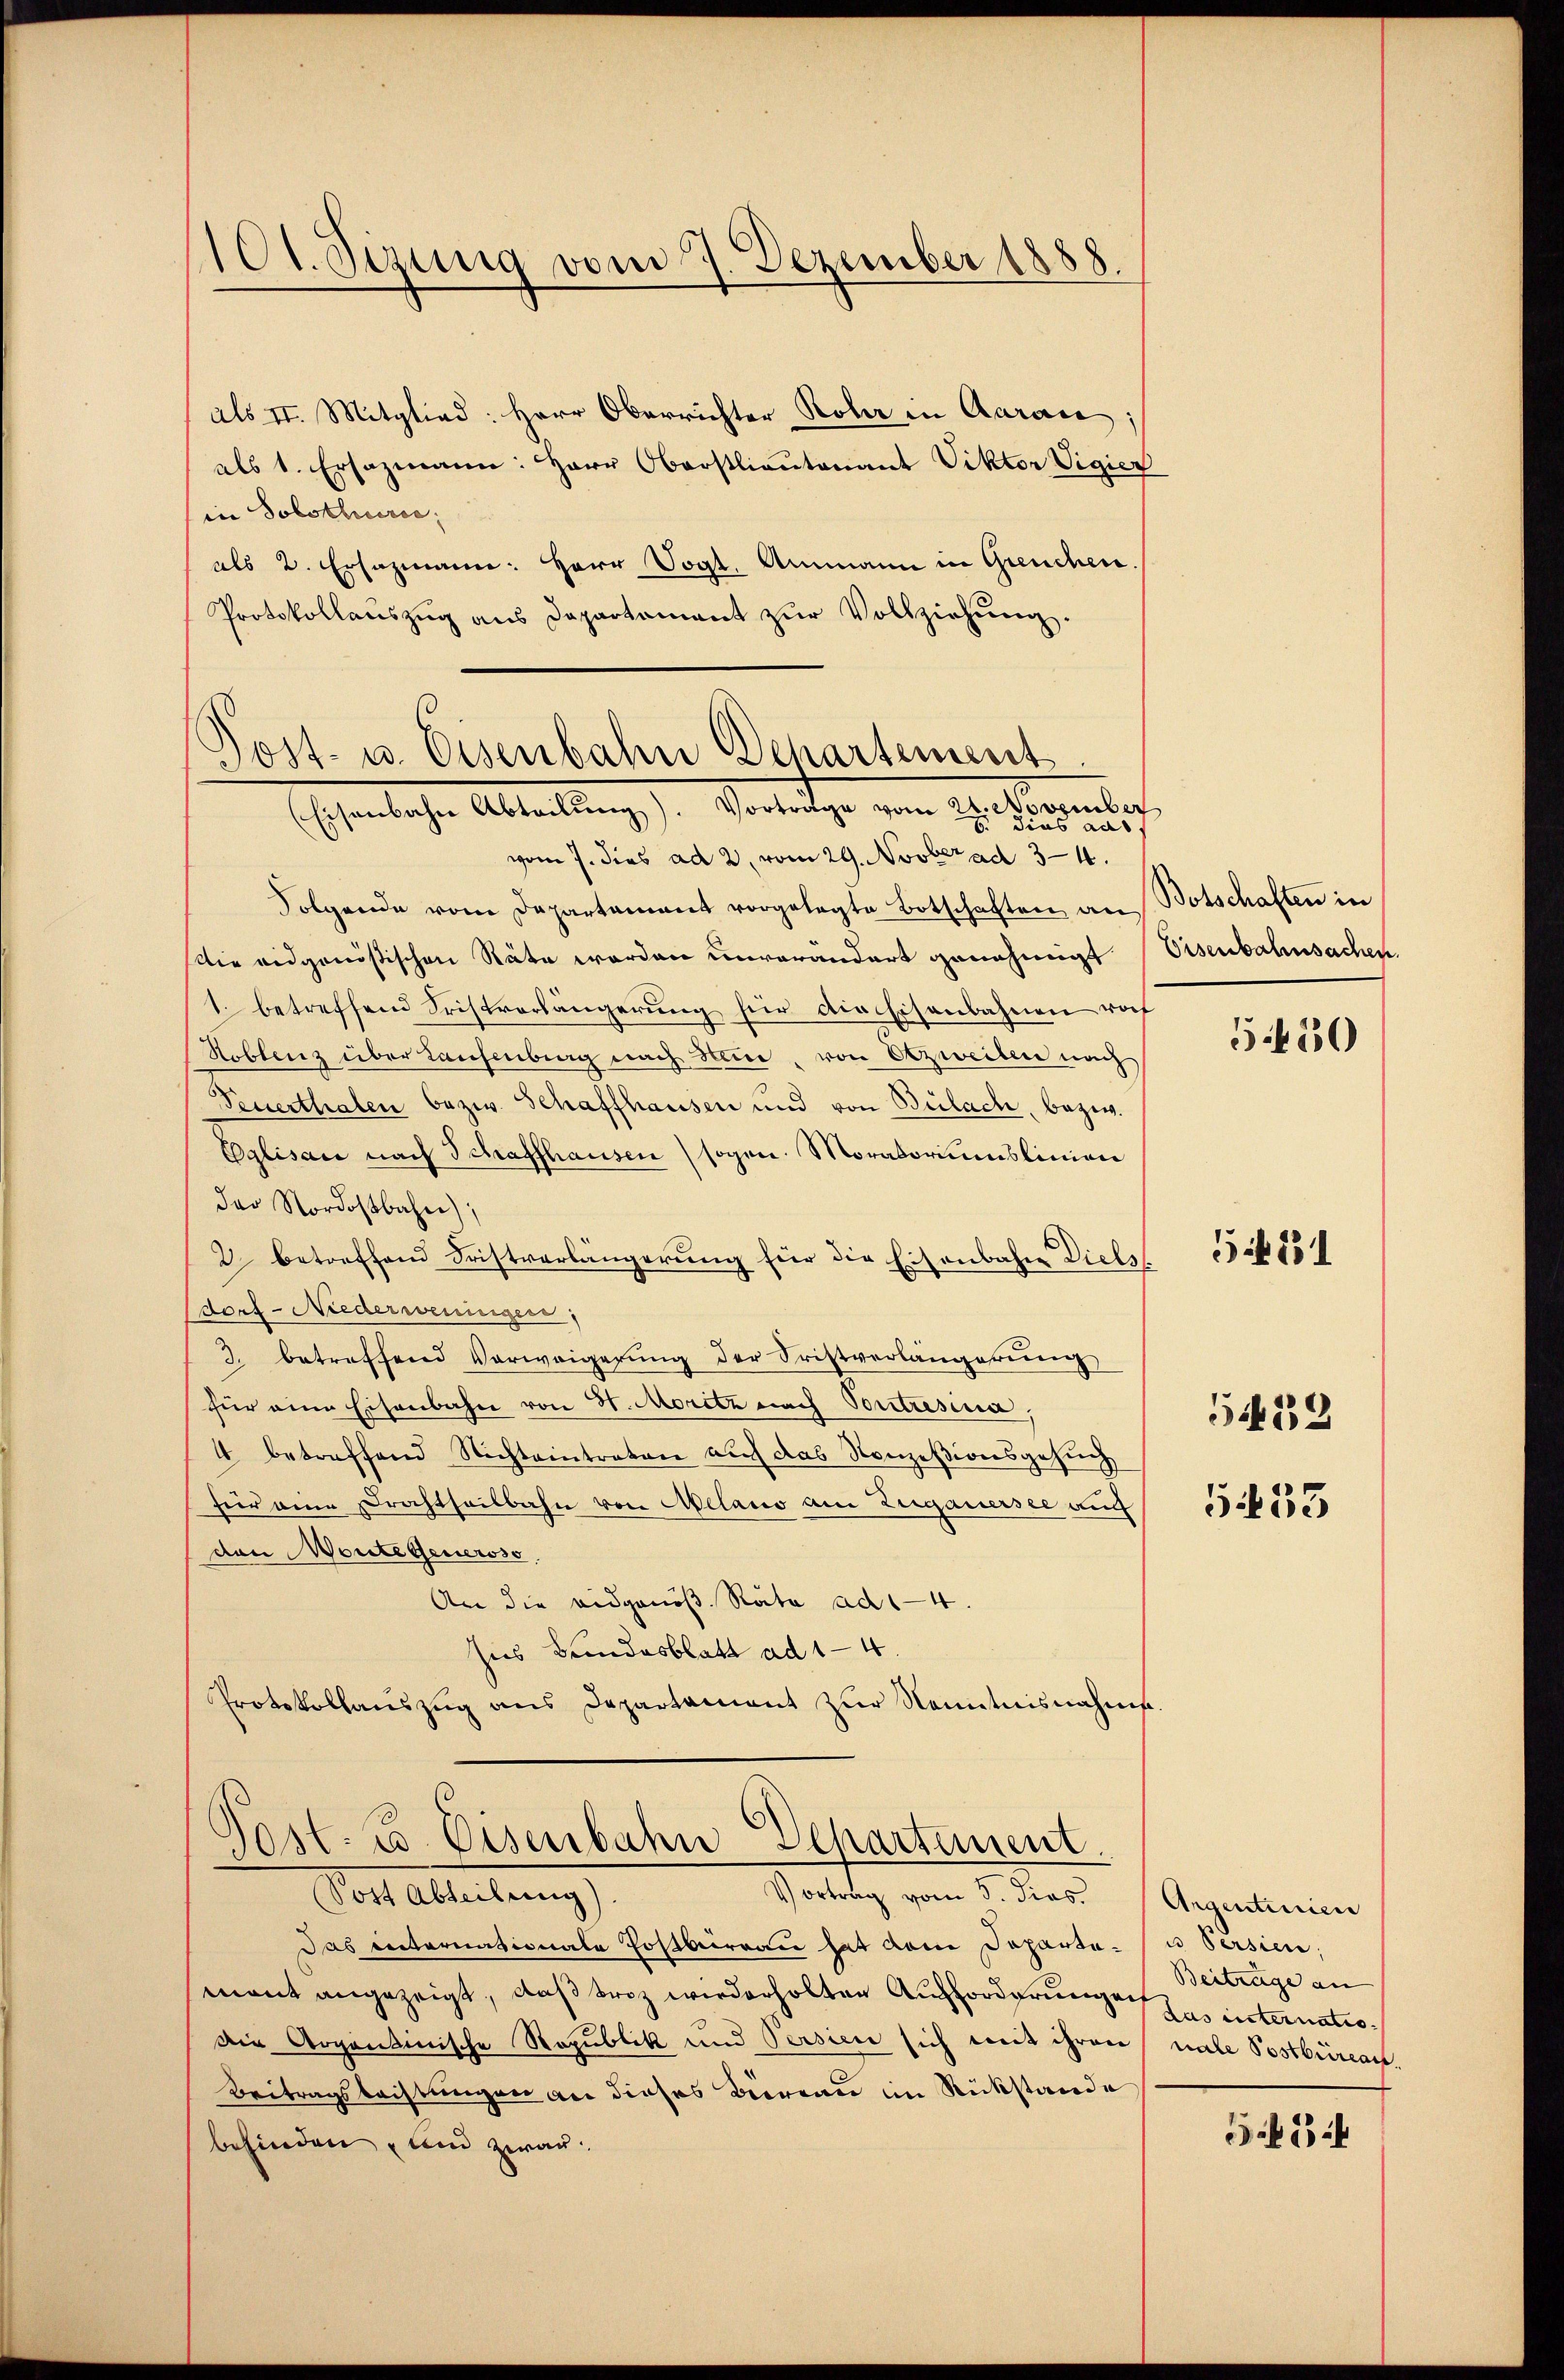
101. Sizung vom 7. Dezember 1888.

Post- u. Eisenbahn Departement
Ehenlichen Abteilung d. Vorrathe vom 29. Jungentlich,

als II. Mitglied: Herr Oberrichter Rohr in Aarau
als 1. Ersazmann: Herr Oberstlieutenant Viktor Vigier
in Solothurn;
als 2. Ersazmann: Herr Vogt, Ammann in Greuchen
Protokollaŭszŭg ans Departement zŭr Vollziehŭng.
vom 7. dies ad 2. vom 29. Novber ad 34.
Folgende vom Departament vorgelegte Botschaften an
Die eidgenößischen Räte werden unverändert genehmigt
1. betreffend Fristverlängerung für die Eisenbahnen rof
Hoblenz über Laufenburg nach Hene, von Atzweiten nach
Teuerthalen bezw. Schaffhausen und von Bülach, bezw.
Eglisau nach Schaffhausen sogen. Moratoriumslinien
der Nordostbahne),
2. betreffend Fristverlängerung für die Eisenbahn Diels
dorf-Niederweningen;
3. betreffend Vorweigerung der Fristverlängerung
für eine Eisenbahn von H. Moritz nach Pontresia,
4 betreffend Nichteintraten auf das Konzesionsgesuch
für eine rachtheilbahn von Aelano am Zuganersee auc
den Worte Generoso
An die eidgenös. Rata ad 4.
sies Bundesblatt ad 1-4.
Protokollaŭszŭg ans Departament zŭr Kenntnisnahme

Pest. 25. Eisenbahn Departement.
Der Alleitung
Vortrag vom 5. dies. Argentinien

Botschaften in
Eisenbahnsachen.

Das reiternationale Postbran hat dem Departe- u Versien,
mant angezeigt, daß Friz wiederholten Aufforderungen der internatio¬
Die Argontinische Republik und Persien sich mit ihren nahe Postbüreau,
Beitragsbachtungen an dieses Biereau im Rückstände
befinden und zwan

5450

5 f 231

5452

G 433

Beitrage an |

S.54